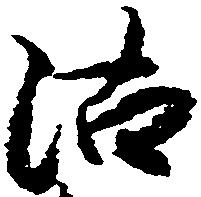
沽